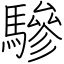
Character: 驂